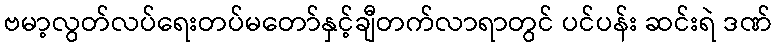
ဗမာ့လွတ်လပ်ရေးတပ်မတော်နှင့်ချီတက်လာရာတွင် ပင်ပန်း ဆင်းရဲ ဒဏ်